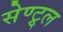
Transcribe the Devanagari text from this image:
सेण्ट्र्ल